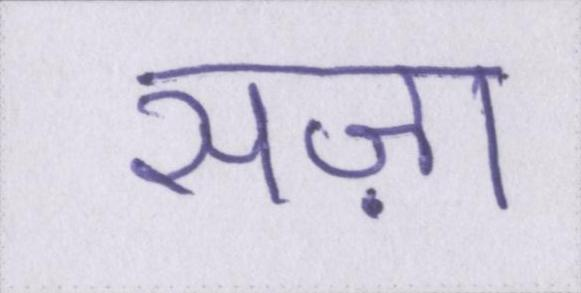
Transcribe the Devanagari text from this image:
सज़ा